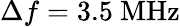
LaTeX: \Delta f=3.5~\mathrm{MHz}